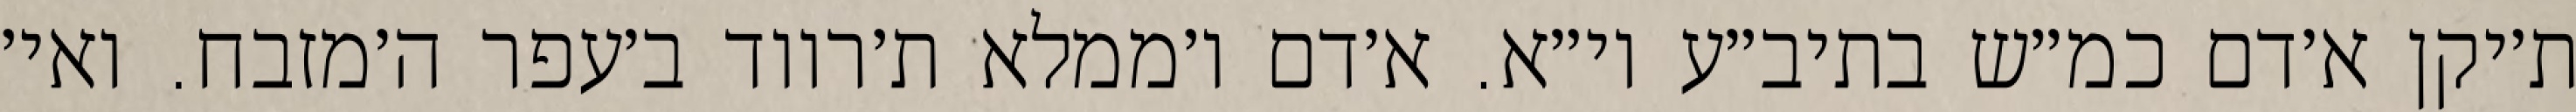
ת׳יקן א׳דם כמ״ש בתיב״ע וי״א. א׳דם ו׳ממלא ת׳רווד ב׳עפר ה׳מזבח. ואי׳